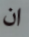
ان